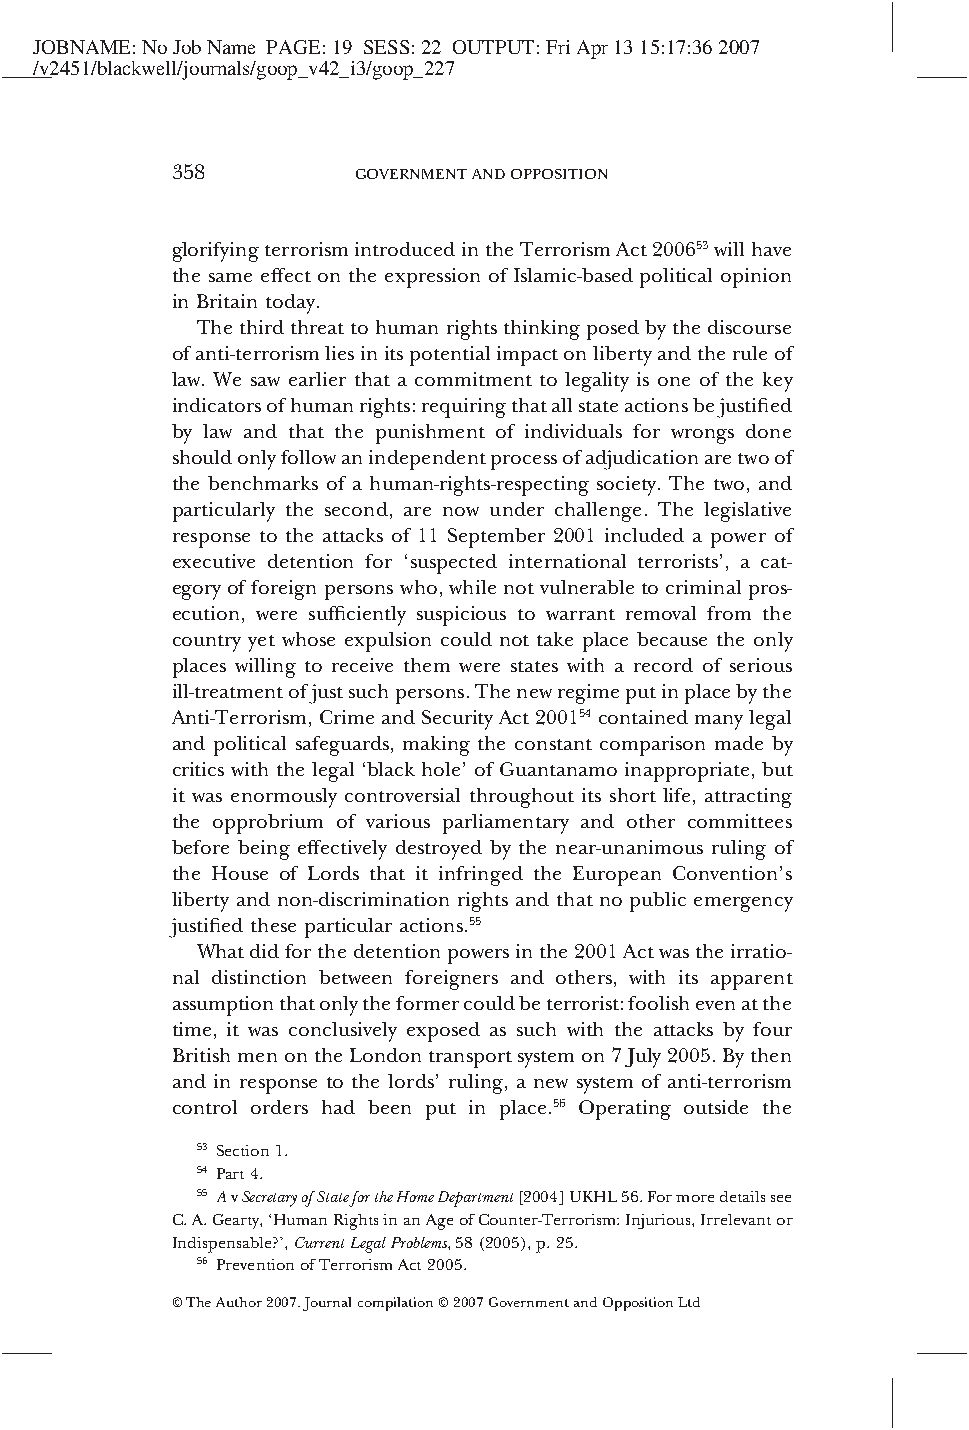
JOBNAME:NoJobName PAGE:19 SESS:22 OUTPUT:FriApr1315:17:362007
 /v2451/blackwell/journals/goop_v42_i3/goop_227
 358          GOVERNMENTANDOPPOSITION
 glorifyingterrorismintroducedintheTerrorismAct200653willhave
 the same effect on the expression of Islamic-based political opinion
 in Britain today.
 Thethirdthreattohumanrightsthinkingposedbythediscourse
 ofanti-terrorismliesinitspotentialimpactonlibertyandtheruleof
 law. We saw earlier that a commitment to legality is one of the key
 indicatorsofhumanrights:requiringthatallstateactionsbejustified
 by law and that the punishment of individuals for wrongs done
 shouldonlyfollowanindependentprocessofadjudicationaretwoof
 the benchmarks of a human-rights-respecting society. The two, and
 particularly the second, are now under challenge. The legislative
 response to the attacks of 11 September 2001 included a power of
 executive detention for ‘suspected international terrorists’, a cat-
 egoryofforeignpersonswho,whilenotvulnerabletocriminalpros-
 ecution, were sufficiently suspicious to warrant removal from the
 country yet whose expulsion could not take place because the only
 places willing to receive them were states with a record of serious
 ill-treatmentofjustsuchpersons.Thenewregimeputinplacebythe
 Anti-Terrorism,CrimeandSecurityAct200154containedmanylegal
 and political safeguards, making the constant comparison made by
 critics with the legal ‘black hole’ of Guantanamo inappropriate, but
 it was enormously controversial throughout its short life, attracting
 the opprobrium of various parliamentary and other committees
 before being effectively destroyed by the near-unanimous ruling of
 the House of Lords that it infringed the European Convention’s
 liberty and non-discrimination rights and that no public emergency
 justified these particular actions.55
 Whatdidforthedetentionpowersinthe2001Actwastheirratio-
 nal distinction between foreigners and others, with its apparent
 assumptionthatonlytheformercouldbeterrorist:foolishevenatthe
 time, it was conclusively exposed as such with the attacks by four
 BritishmenontheLondontransportsystemon7July2005.Bythen
 and in response to the lords’ ruling, a new system of anti-terrorism
 control orders had been put in place.56 Operating outside the
 53 Section1.
 54 Part4.
 55 AvSecretaryofStatefortheHomeDepartment[2004]UKHL56.Formoredetailssee
 C.A.Gearty,‘HumanRightsinanAgeofCounter-Terrorism:Injurious,Irrelevantor
 Indispensable?’,CurrentLegalProblems,58(2005),p.25.
 56 PreventionofTerrorismAct2005.
 ©TheAuthor2007.Journalcompilation©2007GovernmentandOppositionLtd